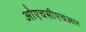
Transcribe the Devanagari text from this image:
ओएचसीएचआर